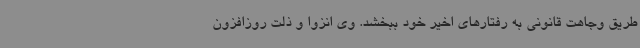
طریق وجاهت قانونی به رفتارهای اخیر خود ببخشد. وی انزوا و ذلت روزافزون